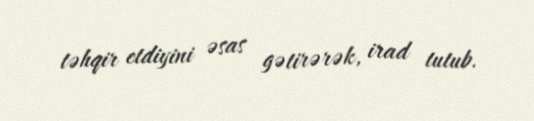
təhqir etdiyini əsas gətirərək, irad tutub.